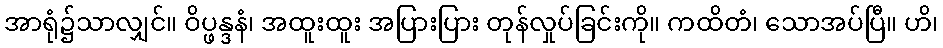
အာရုံ၌သာလျှင်။ ဝိပ္ဖန္ဒနံ၊ အထူးထူး အပြားပြား တုန်လှုပ်ခြင်းကို။ ကထိတံ၊ သောအပ်ပြီ။ ဟိ၊